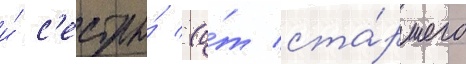
и́ с'естры́ (о́т ста́ршего